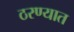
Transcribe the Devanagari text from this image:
ठरण्यात